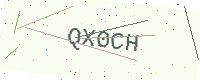
Text: QX0CH